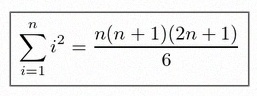
\sum_{i=1}^{n}i^2=\frac{n(n+1)(2n+1)}6